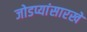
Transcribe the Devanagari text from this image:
जोडप्यांसारखे